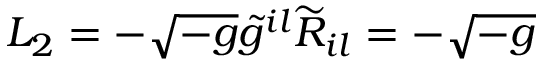
L _ { 2 } = - \sqrt { - g } \widetilde { g } ^ { i l } \widetilde { R } _ { i l } = - \sqrt { - g }